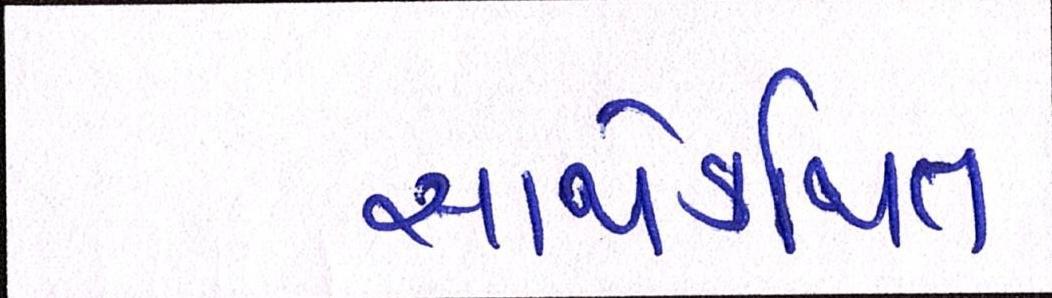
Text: સાથેકથિત